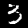
Digit: 3